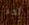
آخر